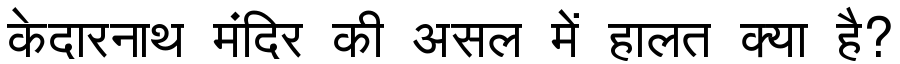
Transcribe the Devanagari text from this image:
केदारनाथ मंदिर की असल में हालत क्या है?